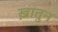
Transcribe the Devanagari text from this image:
ख़ातुन